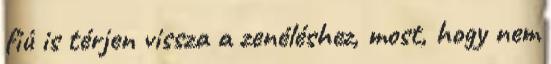
fiú is térjen vissza a zenéléshez, most, hogy nem